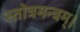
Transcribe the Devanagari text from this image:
स्तोत्रमन्त्रम्।